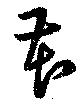
花